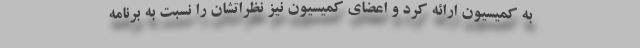
به کمیسیون ارائه کرد و اعضای کمیسیون نیز نظراتشان را نسبت به برنامه